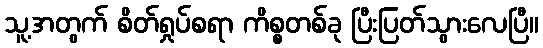
သူ့အတွက် စိတ်ရှုပ်စရာ ကိစ္စတစ်ခု ပြီးပြတ်သွားလေပြီ။